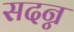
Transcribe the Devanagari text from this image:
सदन्न